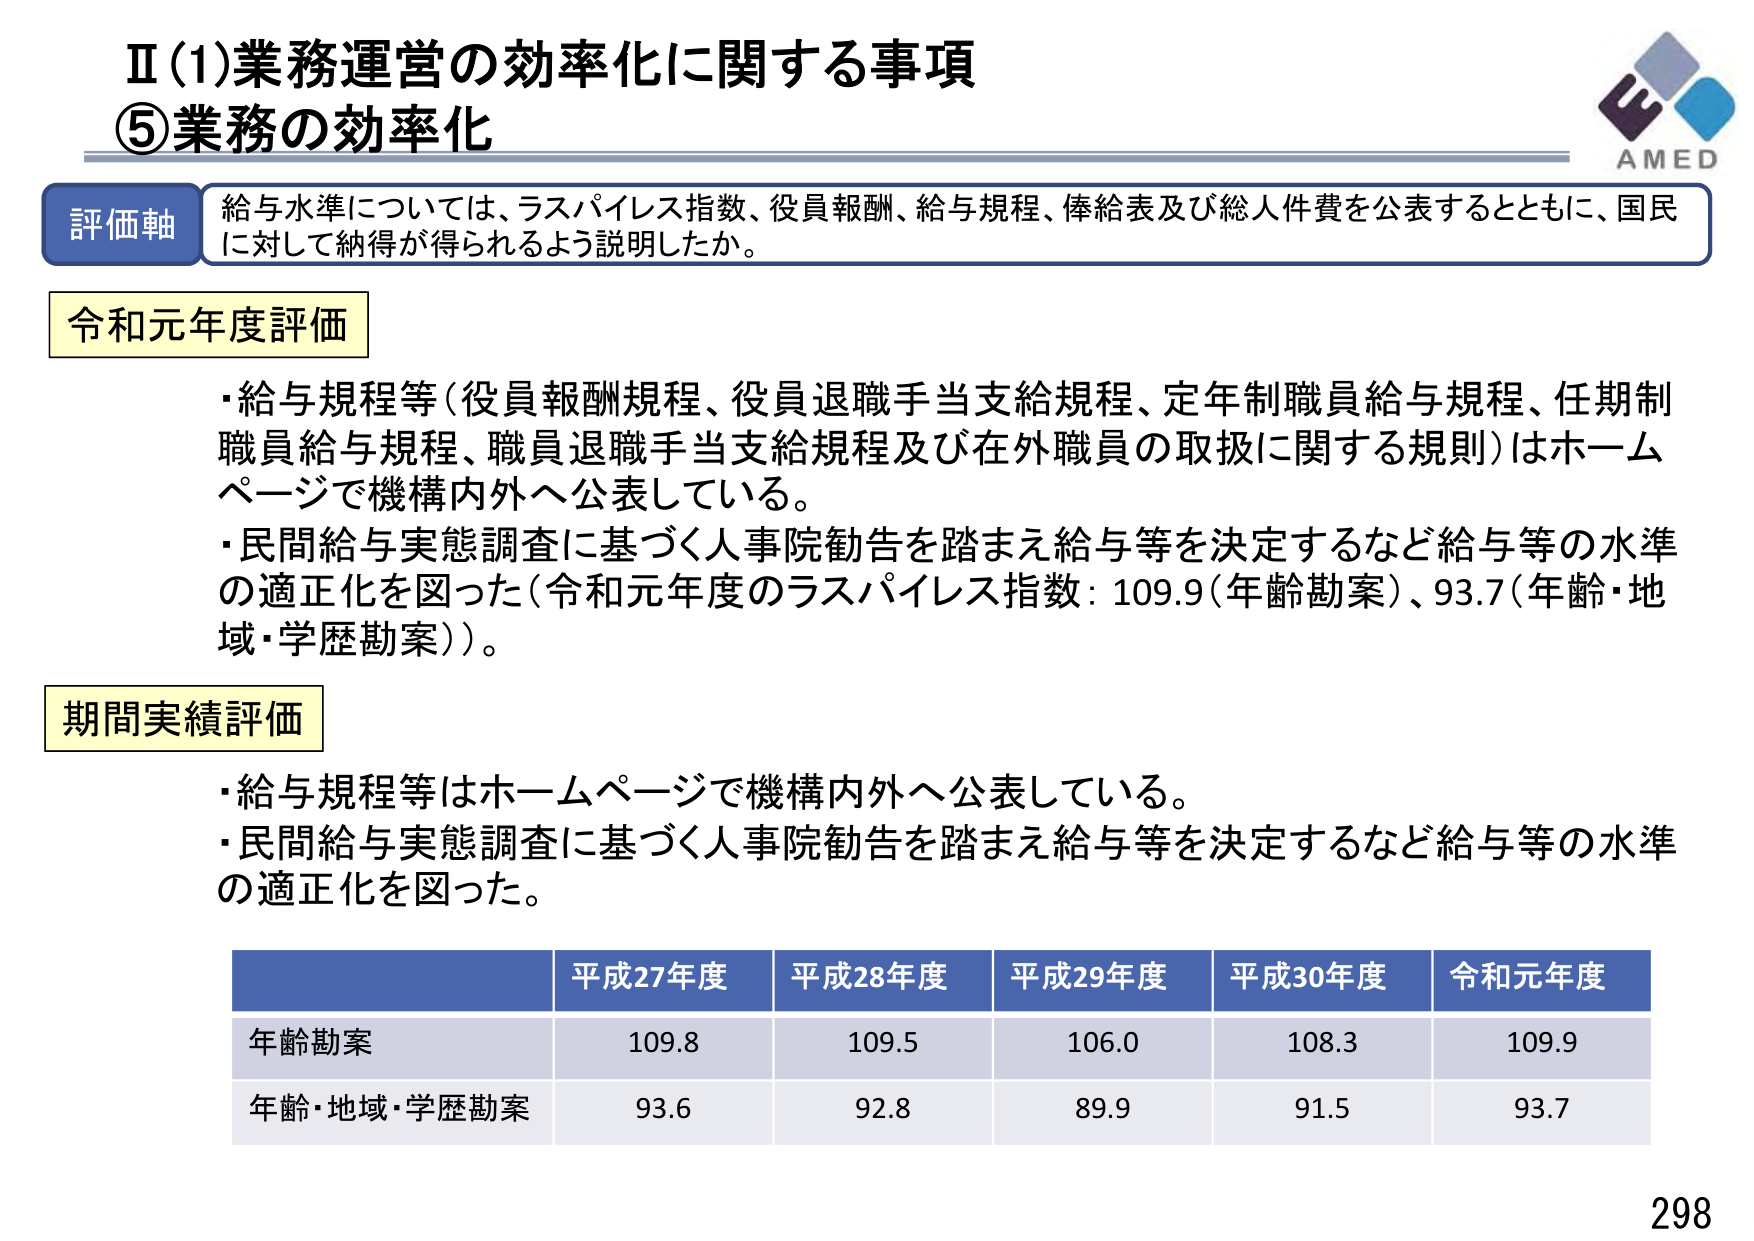
Ⅱ(1)業務運営の効率化に関する事項
⑤業務の効率化

評価軸
給与水準については、ラスパイレス指数、役員報酬、給与規程、俸給表及び総人件費を公表するとともに、国民に対して納得が得られるよう説明したか。

令和元年度評価
・給与規程等（役員報酬規程、役員退職手当支給規程、定年制職員給与規程、任期制職員給与規程、職員退職手当支給規程及び在外職員の取扱に関する規則）はホームページで機構内外へ公表している。
・民間給与実態調査に基づく人事院勧告を踏まえ給与等を決定するなど給与等の水準の適正化を図った（令和元年度のラスパイレス指数：109.9（年齢勘案）、93.7（年齢・地域・学歴勘案））。

期間実績評価
・給与規程等はホームページで機構内外へ公表している。
・民間給与実態調査に基づく人事院勧告を踏まえ給与等を決定するなど給与等の水準の適正化を図った。

平成27年度　平成28年度　平成29年度　平成30年度　令和元年度
年齢勘案　　　109.8　　　109.5　　　106.0　　　108.3　　　109.9
年齢・地域・学歴勘案　93.6　　　92.8　　　89.9　　　91.5　　　93.7

AMED
298